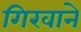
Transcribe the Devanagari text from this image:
गिरवाने